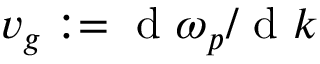
v _ { g } : = \mathrm { ~ d ~ } \omega _ { p } / \mathrm { ~ d ~ } k